Report on sanitation, dispensaries, and jails in Rajputana for 1911, and on vaccination for the year 1911-1912 - 1911-1912
Year: 1911
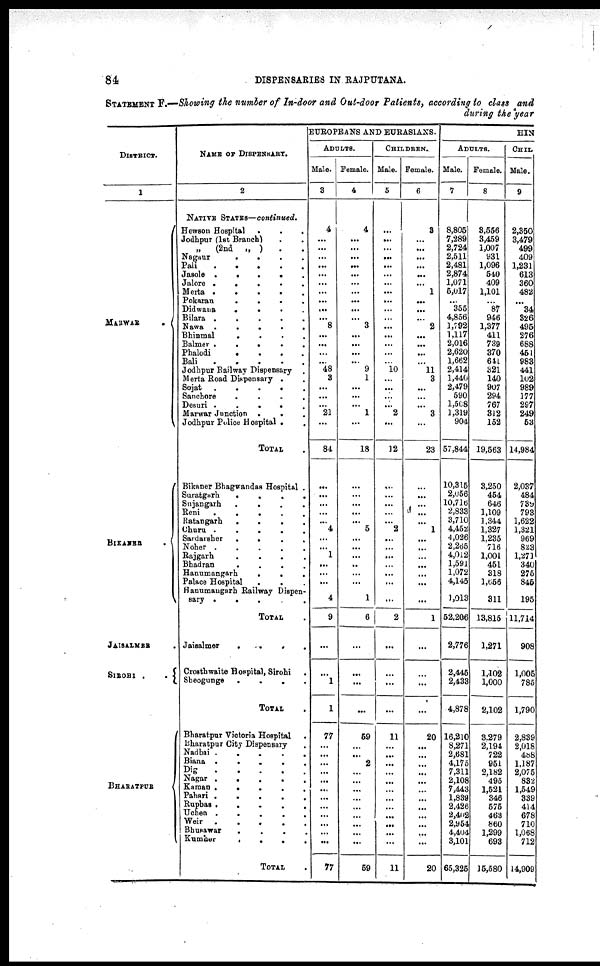
84
DISPENSARIES IN RAJPUTANA.
STATEMENT F.—Showing the number of In-door and Out-door Patients, according to class and
during the year
DISTRICT.
1
MARWAR
.
BIKANER
.
JAISALMER
SIROHI
.
.
BHARATPUR
NAME OF DISPENSARY.
2
NATIVE STATES—continued.
Hewson Hospital . . . . . .
Jodhpur (1st Branch) . .
„
(2nd
„ ) . .
Nagaur
.
.
.
.
.
.
Pali
.
.
.
.
.
.
Jasole
.
.
.
.
.
.
Jalore . . . . . .
Merta
.
.
.
.
.
.
Pokaran . . . . . .
Didwana . . . . . .
Bilara
.
.
.
.
.
.
Nawa
.
.
.
.
.
.
Bhinmal
.
.
.
.
.
.
Balmer
.
.
.
.
.
.
Phalodi . . . . . .
Bali
.
.
.
.
.
.
Jodhpur Railway Dispensary .
Merta Road Dispensary .
Sojat . . . . . .
Sanchore
.
.
.
.
.
.
Desuri
.
.
.
.
.
.
Marwar Junction . . . . . .
Jodhpur Police Hospital . .
TOTAL .
Bikaner Bhagvandas Hospital .
Saratgarh . . . . . .
Sujangarh . . . . . .
Reni
.
.
.
.
.
.
Ratangarh . . . . . .
Churu
.
.
.
.
.
.
Sardarsher . . . . . .
Noher
.
.
.
.
.
.
Rajgarh
.
.
.
.
.
.
Bhadran
.
.
.
.
.
.
Hanumangarh . . . . . .
Palace Hospital . . . . . .
Hanumangarh Railway Dispen-
sary . . . . . .
TOTAL .
Jaisalmer
.
.
.
.
.
.
Crosthwaite Hospital, Sirohi
.
Sheogunge . . . . . .
TOTAL .
Bharatpur Victoria Hospital .
Bharatpur City Dispensary .
Nadbai
.
.
.
.
.
.
Biana
.
.
.
.
.
.
Dig
.
.
.
.
.
.
Nagar
.
.
.
.
.
.
Kaman
.
.
.
.
.
.
Pahari
.
.
.
.
.
.
Rupbas . . . . . .
Uchen . . . . . .
Weir . . . . . .
Bhusawar . . . . . .
Kumher . . . . . .
TOTAL .
EUROPEANS AND EURASIANS.
ADULTS.
Male.
3
4
...
...
...
...
...
...
...
...
...
...
8
...
...
...
...
48
3
...
...
...
21
...
84
...
...
...
...
...
4
...
...
1
...
...
...
4
9
...
... ...
1
77
...
...
...
...
...
...
...
...
...
...
...
...
77
Female.
4
4
...
...
...
...
...
...
...
...
...
...
3
...
...
...
...
9
1
...
...
...
1
...
18
...
...
...
...
...
5
...
...
...
...
...
...
1
6
...
...
...
...
59
...
...
2
...
...
...
...
...
...
...
...
...
59
CHILDREN.
Male.
5
...
...
...
...
...
...
...
...
...
...
...
...
...
...
...
...
10
...
...
...
...
2
...
12
...
...
...
...
...
2
...
...
...
...
...
...
...
2
...
...
...
...
11
...
...
...
...
...
...
...
...
...
...
...
...
11
Female.
6
3
...
...
...
...
...
...
1
...
...
...
2
...
...
...
...
11
3
...
...
...
3
...
23
...
...
...
...
...
1
...
...
...
...
...
...
...
1
...
...
...
...
20
...
...
...
...
...
...
...
...
...
...
...
...
20
HIN
ADULTS.
Male.
7
8,805
7,289
2,724
2,511
2,481
2,874
1,071
5,017
...
355
4,856
1,792
1,117
2,016
2,620
1,662
2,414
1,440
2,479
590
1,508
1,319
904
57,844
10,315
2,056
10,716
2,833
3,710
4,452
4,026
2,265
4,012
1,591
1,072
4,145
1,013
52,206
2,776
2,445
2,433
4,878
16,210
8,271
2,681
4,175
7,311
2,108
7,443
l,839
2,426
2,402
2,954
4,404
3,101
65,325
Female.
8
3,556
3,459
1,007
931
1,096
540
409
1,101
...
87
946
1,377
411
739
370
641
321
140
907
294
767
312
152
19,563
3,250
454 646
1,109
1,344
1,327
1,235
716
1,001
451
318
1,656
311
13,815
1,271
1,102
1,000
2,102
3,279
2,194
722
951
2,182
495
1,521
346
575
463
860
1,299
693
15,580
CHIL.
Male.
9
2,350
3,479
499
409
1,231
613
360
482
...
34
326
495
276
688
451
983
441
102
989
177
297
249
53
14,984
2,037
484
739
793
1,622
1,321
969
823
1,271
340
275
845
195
11,714
908
1,005
785
1,790
2,839
2,018
488
1,187
2,075
832
1,549
339
414
678
710
1,068
712
14,909